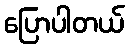
ပြောပါတယ်